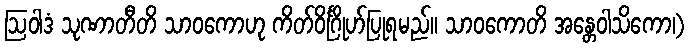
ဩဝါဒံ သုဏာတီတိ သာဝကောဟု ကိတ်ဝိင်္ဂြိုဟ်ပြုရမည်။ သာဝကောတိ အန္တေဝါသိကော၊)